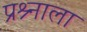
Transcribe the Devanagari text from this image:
प्रश्र्नाला